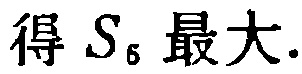
得 \(S_{6}\) 最大.